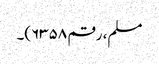
مسلم، رقم ۶۳۵۸)۔